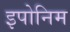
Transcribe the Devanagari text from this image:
इपोनिम